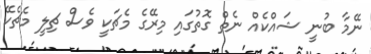
ނޭމާ ބުނީ ޝައްކެއް ނެތް ގޮތުގައި މިރޭގެ މެޗަކީ ވެސް ޗިލީ މެޗެކޭ